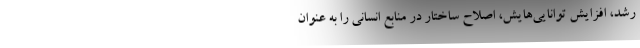
رشد، افزایش توانایی‌هایش، اصلاح ساختار در منابع انسانی را به عنوان